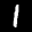
Label: 1